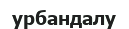
урбандалу